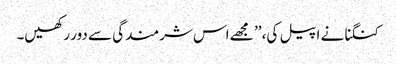
کنگنا نے اپیل کی، ’’ مجھے اس شرمندگی سے دور رکھیں۔